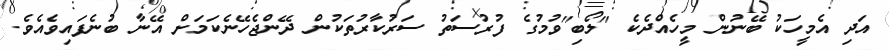
އަދި އެމީހަކު ބޭނުން މީހެއްދެކެ "ލޯބި"ވުމުގެ ފުރުސަތު ސަރުކާރުތަކުން ދޭންޖެހޭނެކަމަށް އޭނާ ބުނެފައިވެއެވެ.